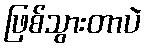
ဖြစ်သွားတာပဲ